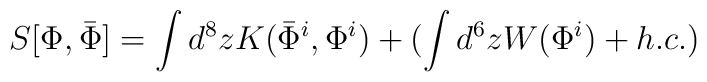
S[\Phi,\bar{\Phi}]=\int d^8 z K(\bar{\Phi}^i,\Phi^i)+(\int d^6 z W(\Phi^i)+h.c.)